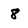
Character: 8